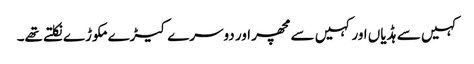
کہیں سے ہڈیاں اور کہیں سے مچھر اور دوسرے کیڑے مکوڑے نکلتے تھے۔